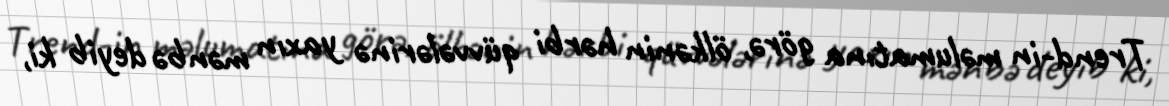
Trend-in məlumatına görə, ölkənin hərbi qüvvələrinə yaxın mənbə deyib ki,